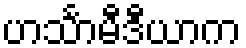
ဟင်္သာမီဒီယာက